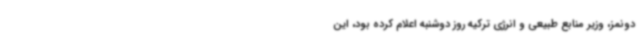
دونمز، وزیر منابع طبیعی و انرژی ترکیه روز دوشنبه اعلام کرده بود، این